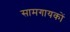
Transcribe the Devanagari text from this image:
सामगायकों